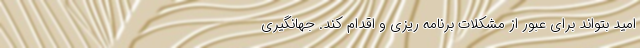
امید بتواند برای عبور از مشکلات برنامه ریزی و اقدام کند. جهانگیری